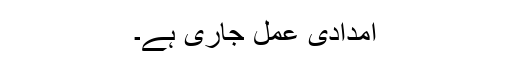
امدادی عمل جاری ہے۔